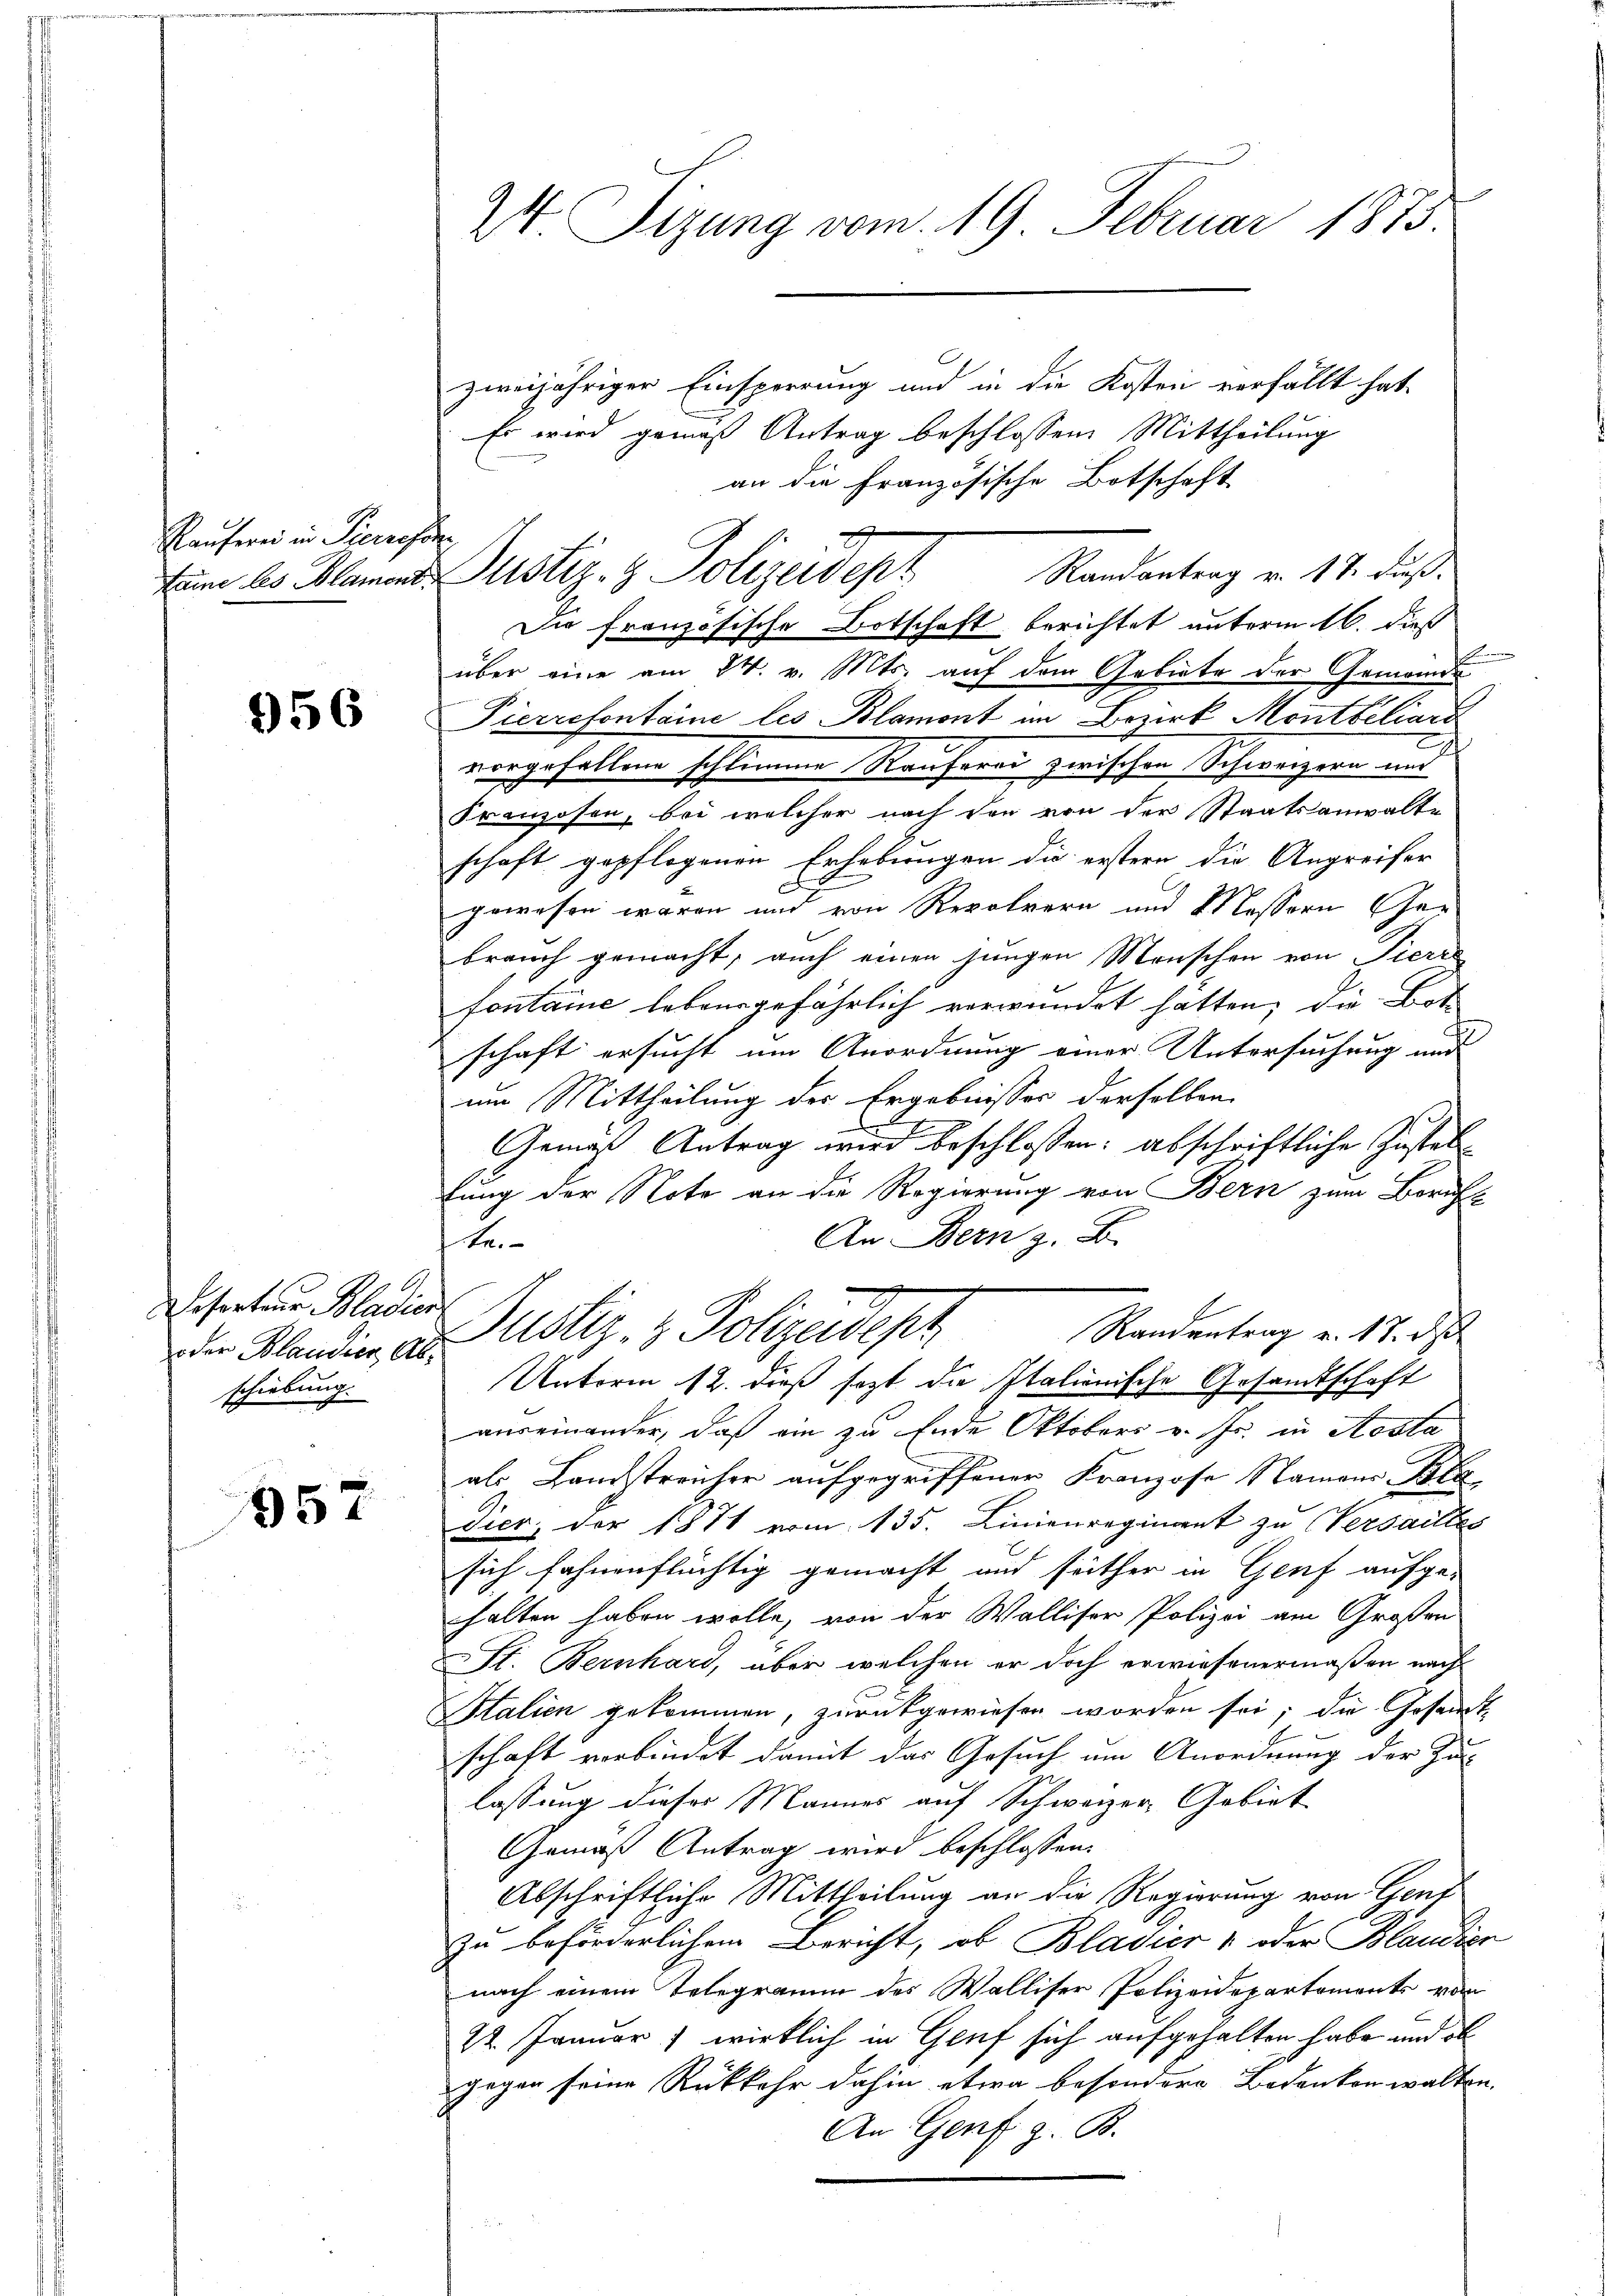
Rauferei in Pierrasse

956

Desertaus Bladier
oder Blaudier, Abschiebung.

957

24. Sizung vom 19. Februar 1873.

zweijähriger Einsperrung und in die Kosten verfällt hat.
Es wird gemäß Antrag beschlossen. Mittheilung
an die Französische Botschaft
Die französische Botschaft berichtet unterm 16. dieß
über eine am 24. v. Mts. auf dem Gebiete der Gemeinde
Pierrefontaine les Blamont im Bezirk Montbiliard
vorgefallene schlimme Rauferei zwischen Schweizern und
Franzosen, bei welcher nach den von der Staatsanwalte
schaft gepflogenen Erhebungen die erstern die Angreifer
gewesen waren und von Repolrern und Messern Char
brauch gemacht, auch einen jungen Menschen von Pierre
fontaine lebensgefährlich verwundet hatten, die Bot
schaft ersucht um Anordnung einer Untersuchung und
um Mittheilung des Ergebnisses derselben
.
Gemäß Antrag wird beschlossen: abschriftliche Zustellung der Note an die Regierung von Bern zum Beruft
An Bern z. B.
e
Justiz- & Polizeidest
Randantrag v. 17. d
Unterm 12. dieß sezt die Italienische Gesandtschaft
auseinander, daß ein zu Ende Oktobers v. fr. in Aosta
als Landstreicher aufgegriffener Franzose Namens Bla
Dier, der 1871 vom 135. Linienregiment zu Versailles
sich fahnenflüchtig gemacht und seither in Genf aufge-
halten haben wolle, von der Walliser Polizei am Großen
St. Bernhard, über welchen er doch erwiesenermaßen nach
Italien gekommen, zurückgewiesen worden sei; die Gesandt-
schaft verbindet damit das Gesuch um Anordnung der Zu-
lassung dieses Mannes auf Schweizer Gebiet
Gemäß Antrag wird beschlossen:
Abschriftliche Mittheilung an die Regierung von Gend
zu beförderlichem Bericht, ob Blasier 4 oder Blaudien
nach einem Telegramm des Walliser Polizeidepartements vom
22. Frauer) wirklich in Genf sich aufgehalten habe und abgegen seine Rückkehr dahin etwa besondere Bedenken walten.
An Genf z. B.

tum des Planen Zustiz- & Polizeidept Randantrag v. 17. daß